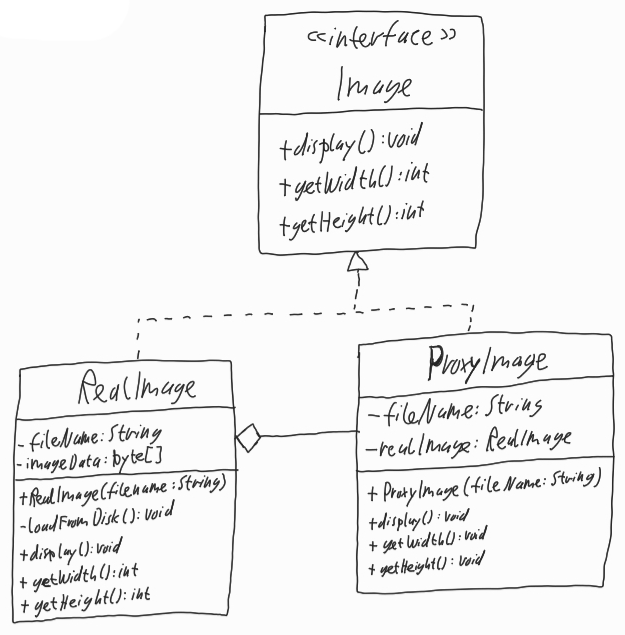
Diagram type: class_diagram
```plantuml
@startuml

interface Image {
  + display(): void
  + getWidth(): int
  + getHeight(): int
}

class RealImage implements Image {
  - fileName: String
 - imageData: byte[]
  + RealImage(fileName: String)
  - loadFromDisk(): void
  + display(): void
  + getWidth(): int
  + getHeight(): int
}

class ProxyImage implements Image {
  - fileName: String
  -  realImage: RealImage
  + ProxyImage(fileName: String)
  + display(): void
  + getWidth(): int
  + getHeight(): int
}

RealImage o-- ProxyImage

@enduml
```